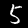
Digit: 5